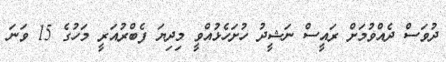
ދުވަސް ދެއްވުމަށް ރައީސް ނަޝީދު ހުށަހެޅުއްވީ މިދިޔަ ފެބްރުއަރީ މަހުގެ 15 ވަނަ